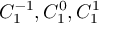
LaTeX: C _ { 1 } ^ { - 1 } , C _ { 1 } ^ { 0 } , C _ { 1 } ^ { 1 }